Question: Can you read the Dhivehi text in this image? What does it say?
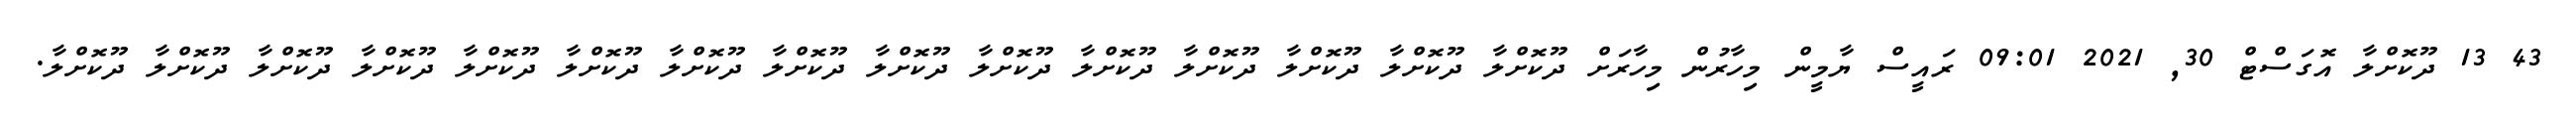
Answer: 43 13 ދޫކޮށްލާ އޮގަސްޓް 30, 2021 09:01 ރައީސް ޔާމީން މިހާރުން މިހާރަށް ދޫކޮށްލާ ދޫކޮށްލާ ދޫކޮށްލާ ދޫކޮށްލާ ދޫކޮށްލާ ދޫކޮށްލާ ދޫކޮށްލާ ދޫކޮށްލާ ދޫކޮށްލާ ދޫކޮށްލާ ދޫކޮށްލާ ދޫކޮށްލާ ދޫކޮށްލާ ދޫކޮށްލާ ދޫކޮށްލާ.